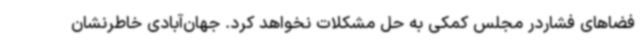
فضاهای فشاردر مجلس کمکی به حل مشکلات نخواهد کرد. جهان‌آبادی خاطرنشان